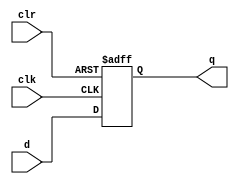
module d_flipflop_async_clear (
    input wire clk,
    input wire clr,
    input wire d,
    output reg q
);

always @(posedge clk or posedge clr) begin
    if (clr) begin
        q <= 1'b0;
    end else begin
        q <= d;
    end
end

endmodule